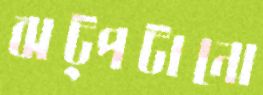
ঝট্‌পটানো